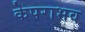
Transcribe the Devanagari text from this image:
केपराभव